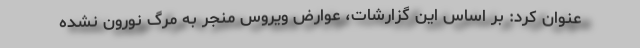
عنوان کرد: بر اساس این گزارشات، عوارض ویروس منجر به مرگ نورون نشده